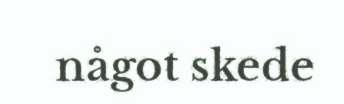
något skede